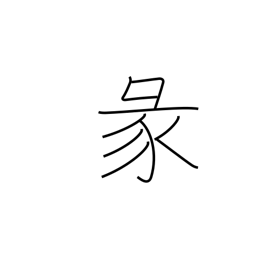
Meaning: divination